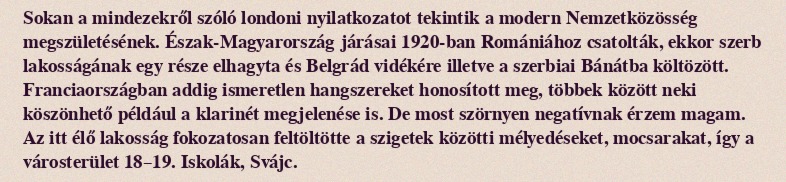
Sokan a mindezekről szóló londoni nyilatkozatot tekintik a modern Nemzetközösség megszületésének. Észak-Magyarország járásai 1920-ban Romániához csatolták, ekkor szerb lakosságának egy része elhagyta és Belgrád vidékére illetve a szerbiai Bánátba költözött. Franciaországban addig ismeretlen hangszereket honosított meg, többek között neki köszönhető például a klarinét megjelenése is. De most szörnyen negatívnak érzem magam. Az itt élő lakosság fokozatosan feltöltötte a szigetek közötti mélyedéseket, mocsarakat, így a városterület 18–19. Iskolák, Svájc.